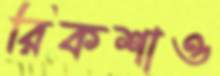
রিকশাও